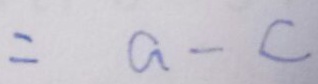
= a - c